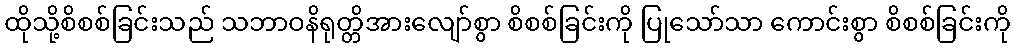
ထိုသို့စိစစ်ခြင်းသည် သဘာဝနိရုတ္တိအားလျော်စွာ စိစစ်ခြင်းကို ပြုသော်သာ ကောင်းစွာ စိစစ်ခြင်းကို